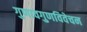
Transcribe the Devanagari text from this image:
गुणावगुणविवेचन